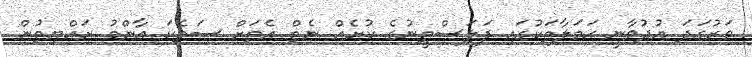
ވަރުގަދަ އުދުވާނީ ޙަމަލާތަކުގައި ފަލަސްތީނުގެ ކުށެއް ނެތް އެތަށް ސަތޭކަ އާންމު ރައްޔިތުން